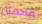
قادمان